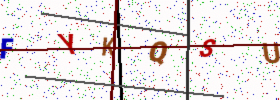
Text: FYKQSU